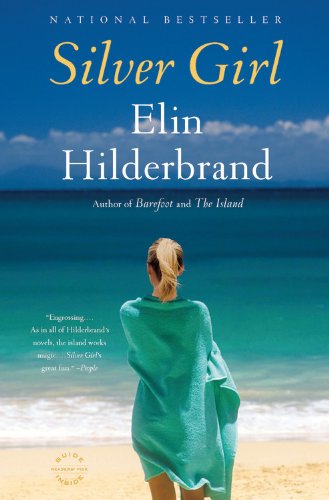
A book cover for Silver Girl: A Novel; Elin Hilderbrand; Literature & Fiction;